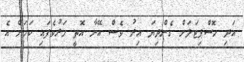
އަދި ހޮސްޕިޓަލަށް ގެންދިޔަ އިރު ވެސް އޭނާ އޮތީ މަރުވެފައި ކަމަށް އެ